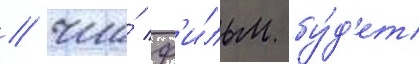
/ что́ ф'и́льм бу́д'ет